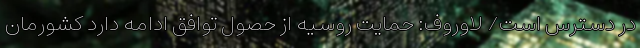
در دسترس است/ لاوروف: حمایت روسیه از حصول توافق ادامه دارد کشورمان